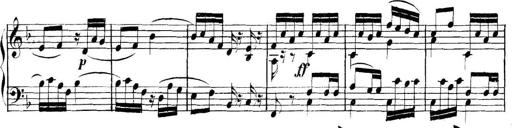
Title: Collected Piano Sonatas
Composer: Muzio Clementi